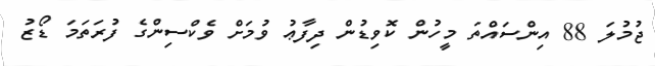
ޖުމުލަ 88 އިންސައްތަ މީހުން ކޮވިޑުން ދިފާޢު ވުމަށް ވެކްސިންގެ ފުރަތަމަ ޑޯޒު